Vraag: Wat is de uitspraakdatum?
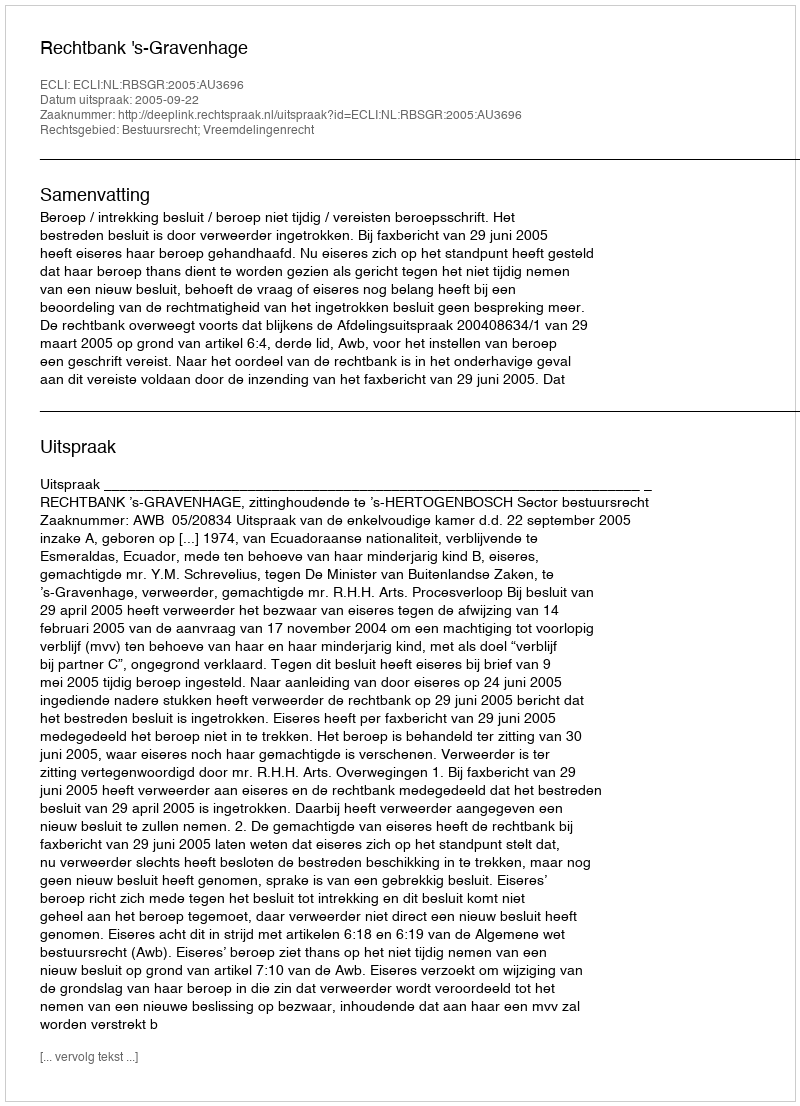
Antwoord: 2005-09-22